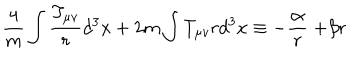
LaTeX: \frac { 4 } { m } \int \frac { T _ { \mu v } } { r } d ^ { 3 } x + 2 m \int T _ { \mu v } r d ^ { 3 } x \equiv - \frac { \propto } { r } + \beta r